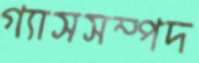
গ্যাসসম্পদ